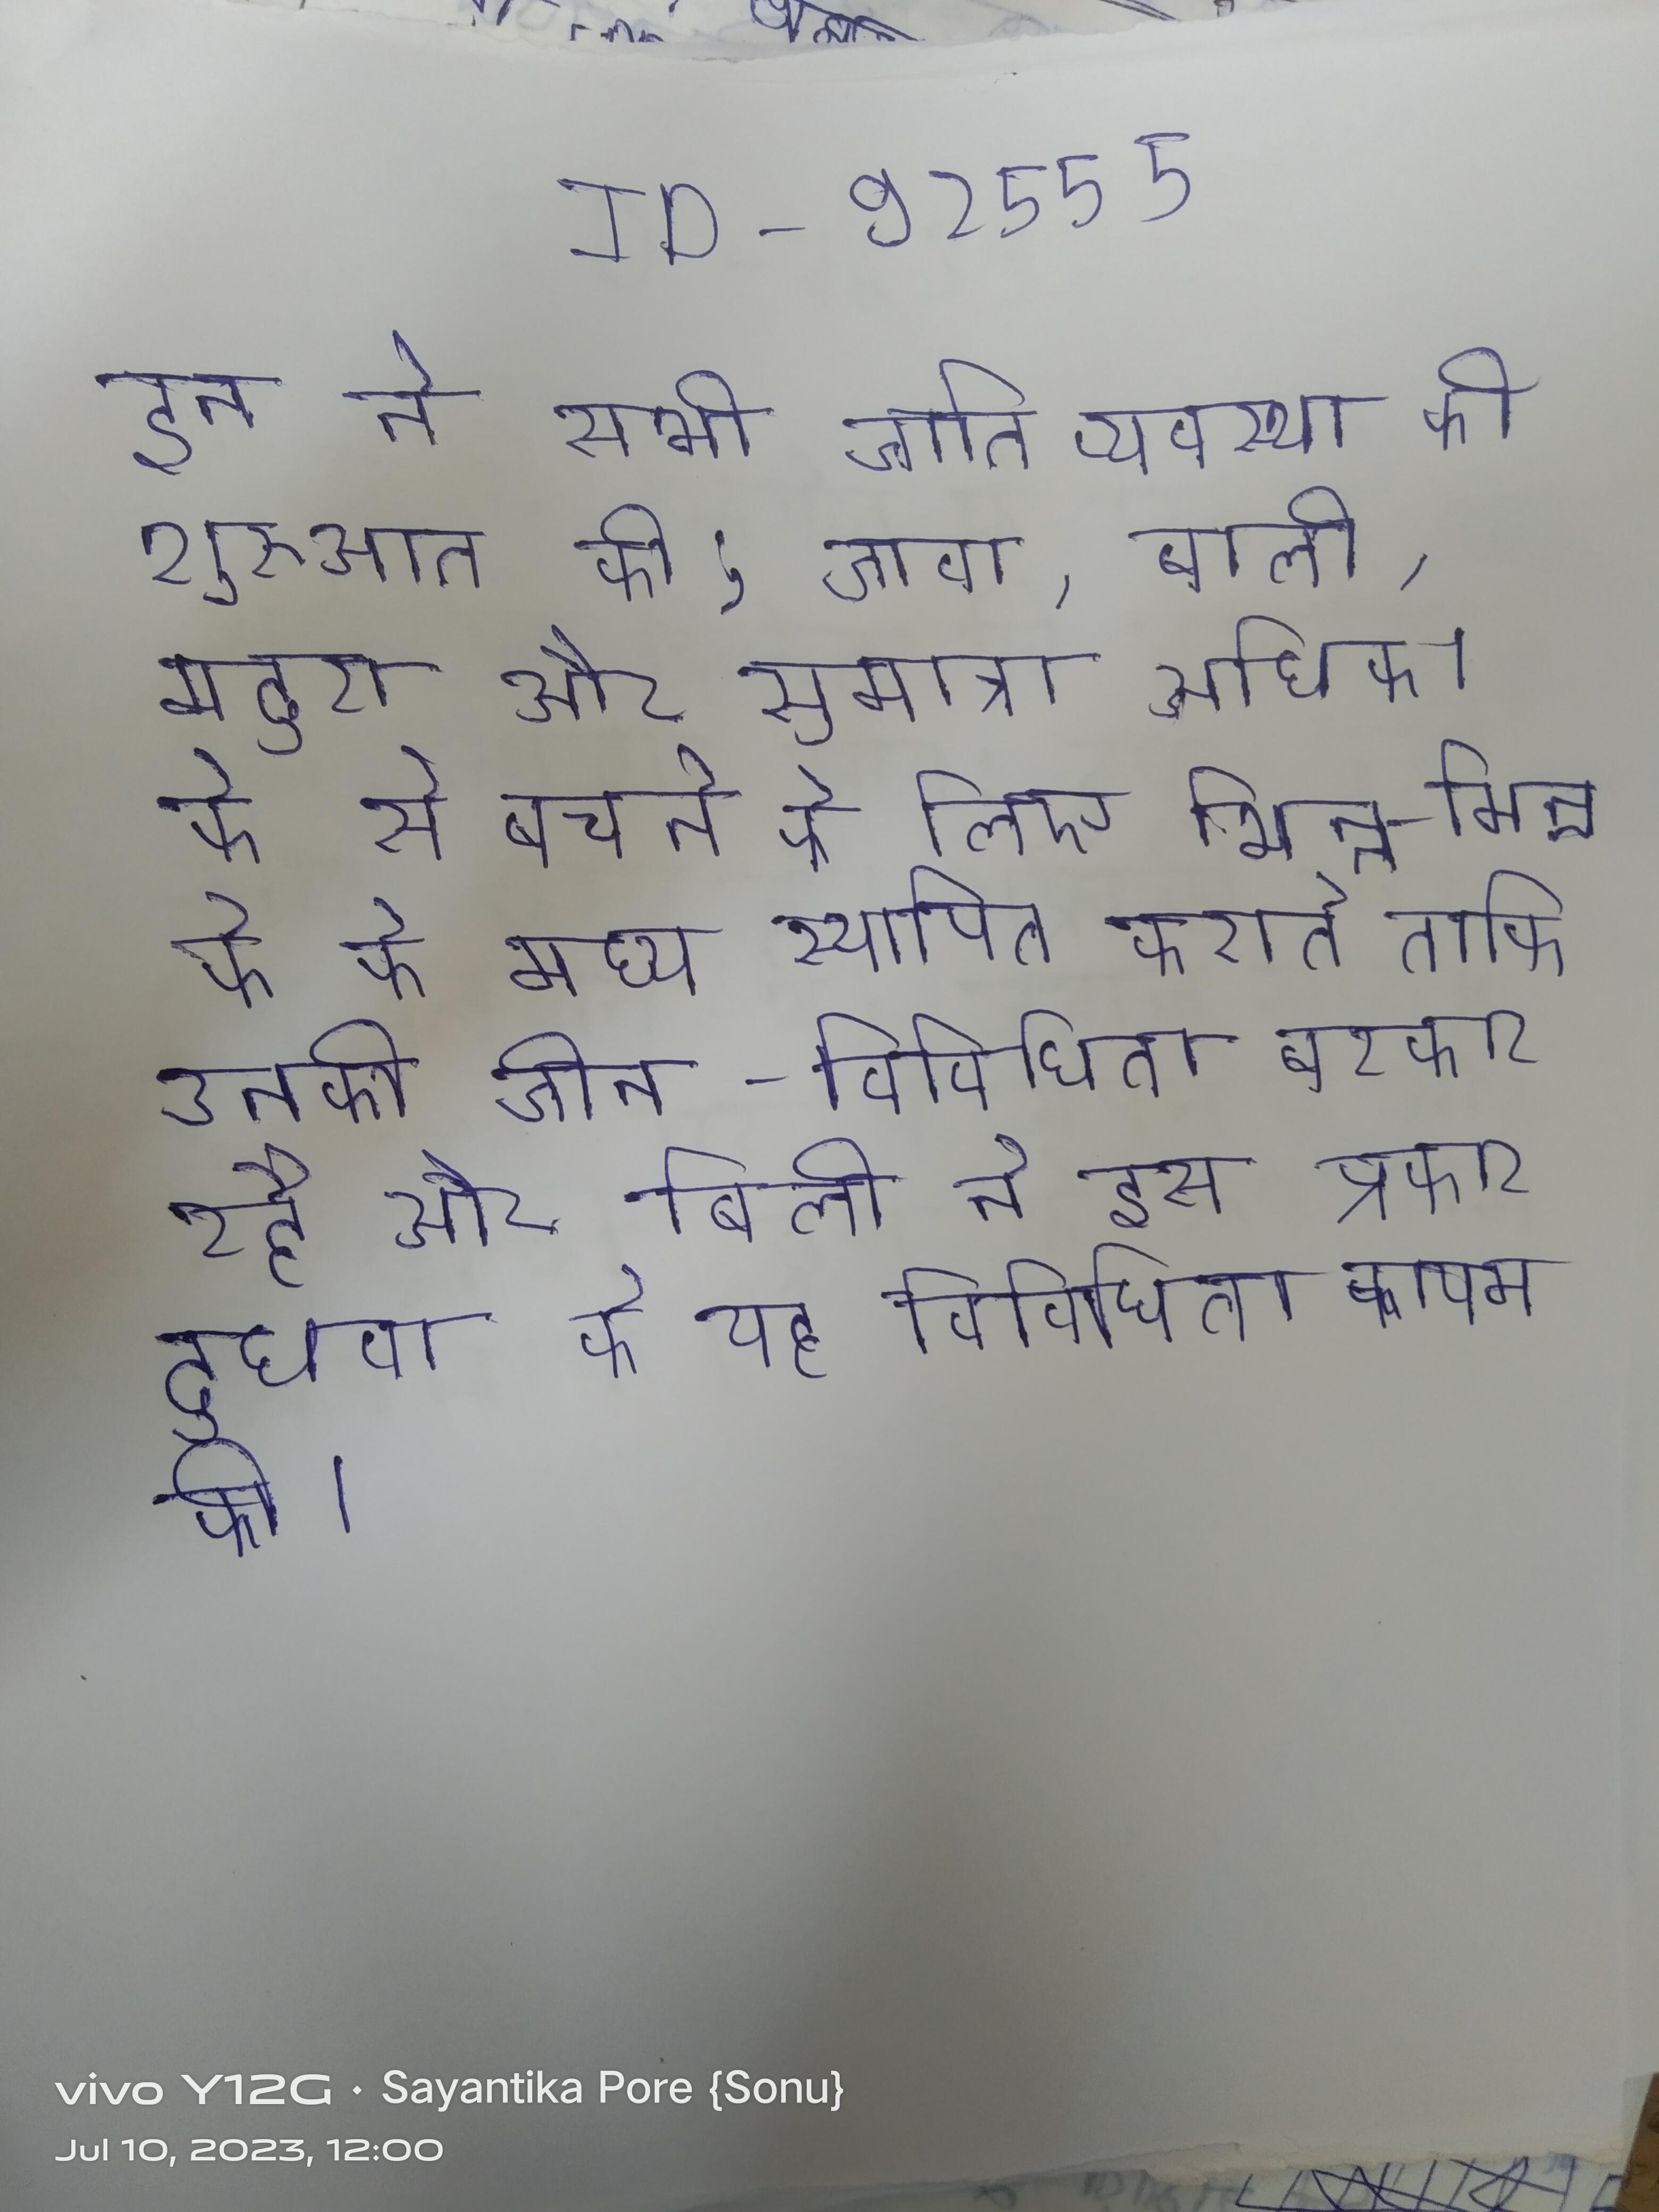
इन ने सभी जाति व्यवस्था की शुरुआत की; जावा, बाली, मदुरा और सुमात्रा अधिक । के से बचने के लिए भिन्न-भिन्न के के मध्य स्थापित कराते ताकि उनकी जीन-विविधिता बरकार रहे और बिली ने इस प्रकार दुधवा के यह विविधिता कायम की ।